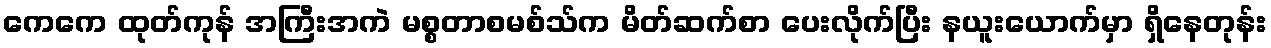
ကေကေ ထုတ်ကုန် အကြီးအကဲ မစ္စတာစမစ်သ်က မိတ်ဆက်စာ ပေးလိုက်ပြီး နယူးယောက်မှာ ရှိနေတုန်း